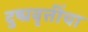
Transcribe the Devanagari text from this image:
दुष्प्रवृत्तींचा